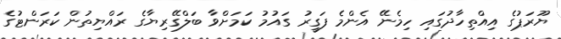
ޔޫރަޕުގެ އިއްތިހާދުގައި ހިމެނޭ އެންމެ ފަގީރު ގައުމު ކަމަށްވާ ބަލްގޭރިޔާގެ ރައްޔިތުން ކަރަންޓުގެ